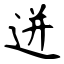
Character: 迸